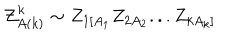
LaTeX: { \cal Z } _ { A ( k ) } ^ { k } \sim Z _ { 1 [ A _ { 1 } } Z _ { 2 A _ { 2 } } . . . Z _ { k A _ { k } ] }